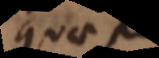
quae per